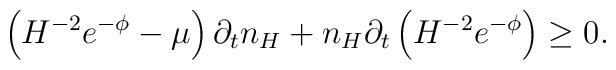
\left(H^{-2} e^{-\phi}-\mu\right)\partial_t n_H+ n_H \partial_t \left(H^{-2} e^{-\phi}\right) \ge 0.